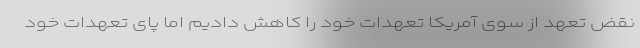
نقض تعهد از سوی آمریکا تعهدات خود را کاهش دادیم اما پای تعهدات خود